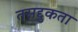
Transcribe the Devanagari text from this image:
तसद्दुकता